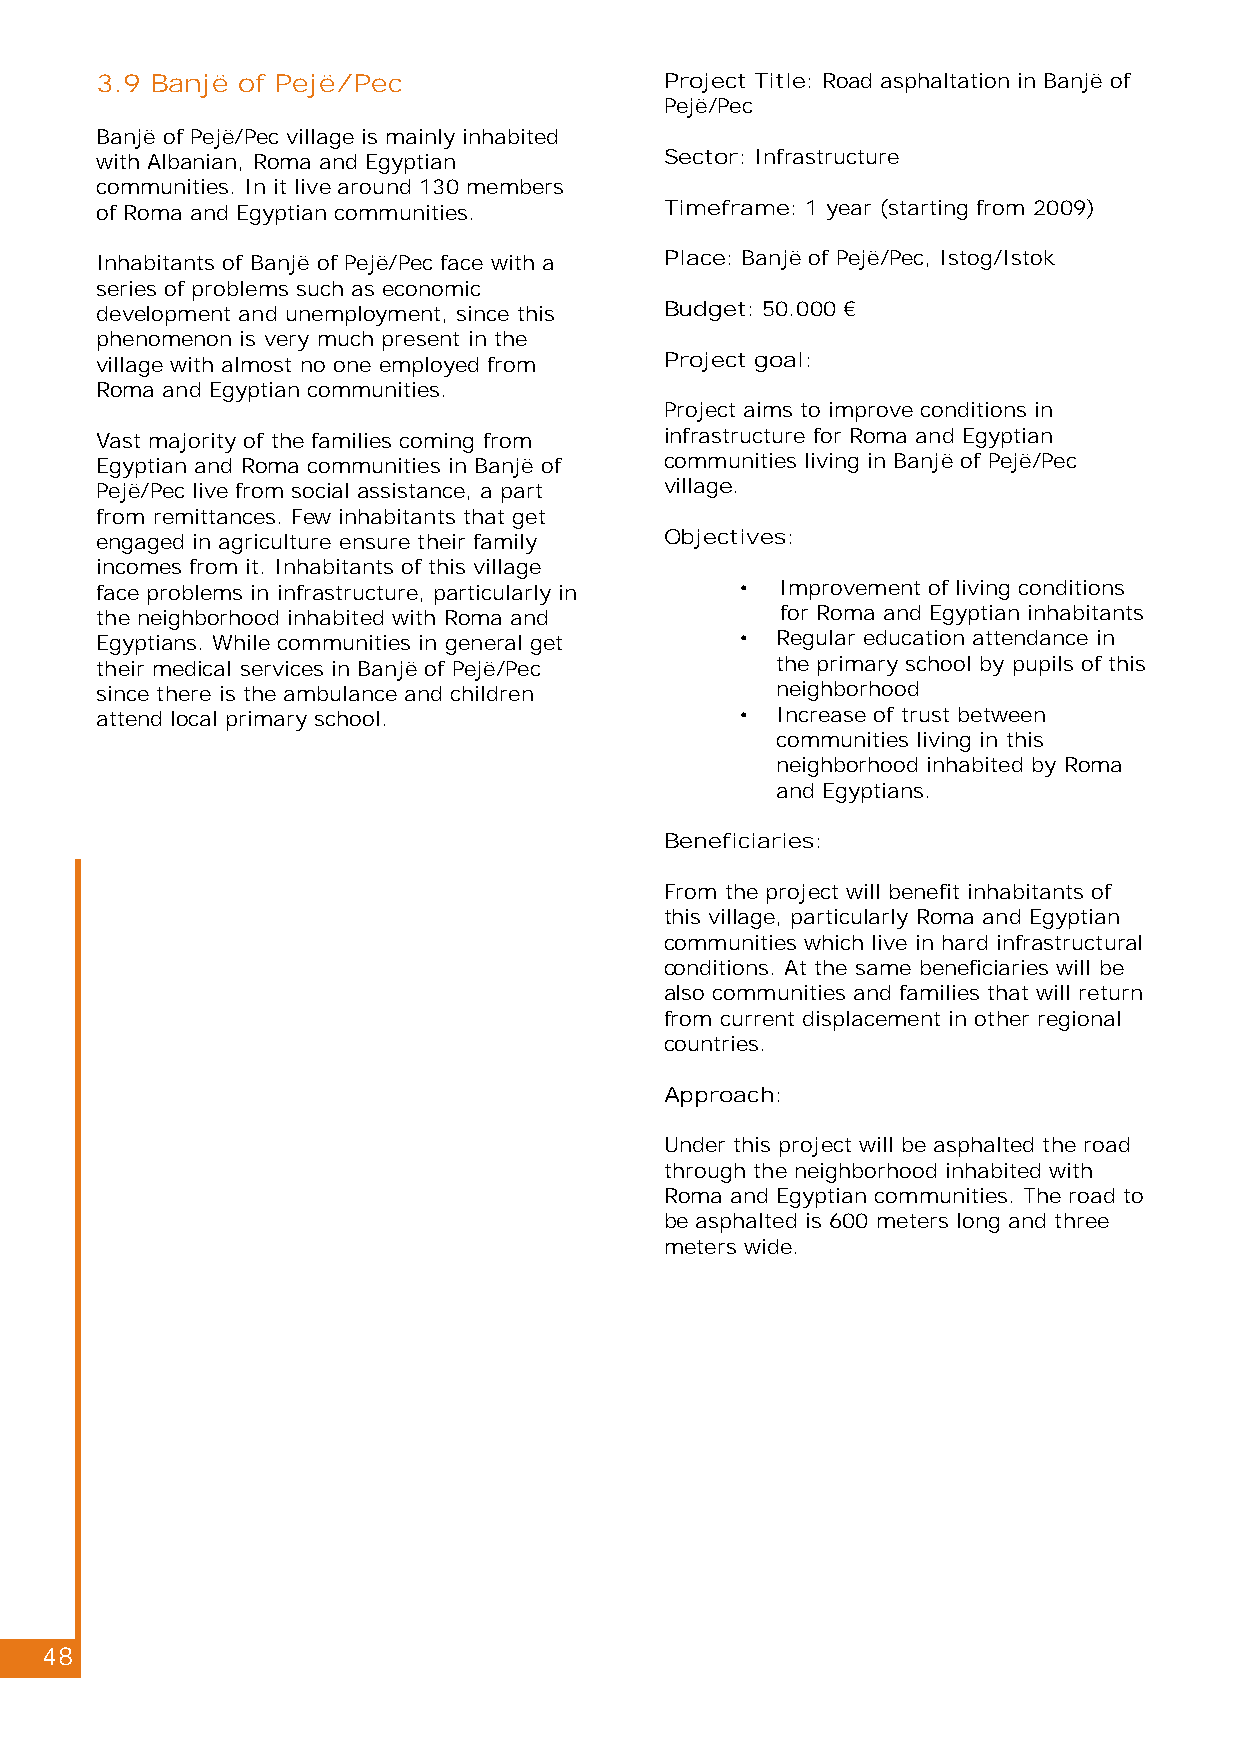
3.9 Banjë of Pejë/Pec                 Project Title: Road asphaltation in Banjë of
 Pejë/Pec
 Banjë of Pejë/Pec village is mainly inhabited
 with Albanian, Roma and Egyptian      Sector: Infrastructure
 communities. In it live around 130 members
 of Roma and Egyptian communities.     Timeframe: 1 year (starting from 2009)
 Inhabitants of Banjë of Pejë/Pec face with a Place: Banjë of Pejë/Pec, Istog/Istok
 series of problems such as economic
 development and unemployment, since this Budget: 50.000 €
 phenomenon is very much present in the
 village with almost no one employed from Project goal:
 Roma and Egyptian communities.
 Project aims to improve conditions in
 Vast majority of the families coming from infrastructure for Roma and Egyptian
 Egyptian and Roma communities in Banjë of communities living in Banjë of Pejë/Pec
 Pejë/Pec live from social assistance, a part village.
 from remittances. Few inhabitants that get
 engaged in agriculture ensure their family Objectives:
 incomes from it. Inhabitants of this village
 face problems in infrastructure, particularly in • Improvement of living conditions
 the neighborhood inhabited with Roma and      for Roma and Egyptian inhabitants
 Egyptians. While communities in general get • Regular education attendance in
 their medical services in Banjë of Pejë/Pec  the primary school by pupils of this
 since there is the ambulance and children    neighborhood
 attend local primary school.               • Increase of trust between
 communities living in this
 neighborhood inhabited by Roma
 and Egyptians.
 Beneficiaries:
 From the project will benefit inhabitants of
 this village, particularly Roma and Egyptian
 communities which live in hard infrastructural
 conditions. At the same beneficiaries will be
 also communities and families that will return
 from current displacement in other regional
 countries.
 Approach:
 Under this project will be asphalted the road
 through the neighborhood inhabited with
 Roma and Egyptian communities. The road to
 be asphalted is 600 meters long and three
 meters wide.
 48